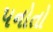
પનોતો